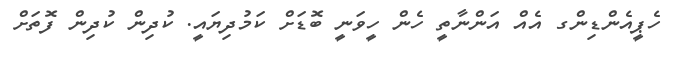
ހެޕީއެންޑިންގ އެއް އަންނާތީ ހެން ހީވަނީ ބޮޑަށް ކަމުދިޔައީ. ކުދިން ކުދިން ފޮތަށް